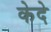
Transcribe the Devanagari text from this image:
केदे